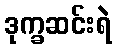
ဒုက္ခဆင်းရဲ